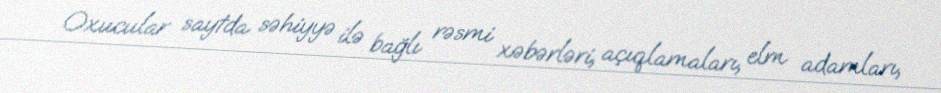
Oxucular saytda səhiyyə ilə bağlı rəsmi xəbərləri, açıqlamaları, elm adamları,